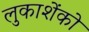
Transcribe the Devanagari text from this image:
लुकाशेंको